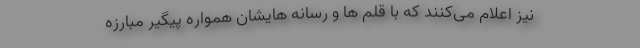
نیز اعلام می‌کنند که با قلم ها و رسانه هایشان همواره پیگیر مبارزه